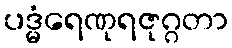
ပဒ္မံရေဏုရဇုဂ္ဂတာ